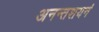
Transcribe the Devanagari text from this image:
अनन्तशयनं